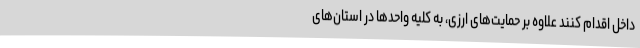
داخل اقدام کنند علاوه بر حمایت‌های ارزی، به کلیه واحدها در استان‌های